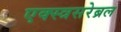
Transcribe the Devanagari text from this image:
एक्स्त्रसरेब्रल